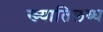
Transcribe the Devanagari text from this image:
ख्‍यातिलब्‍ध